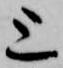
上